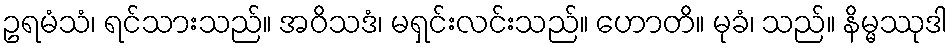
ဥရမံသံ၊ ရင်သားသည်။ အဝိသဒံ၊ မရှင်းလင်းသည်။ ဟောတိ။ မုခံ၊ သည်။ နိမ္မဿုဒါ